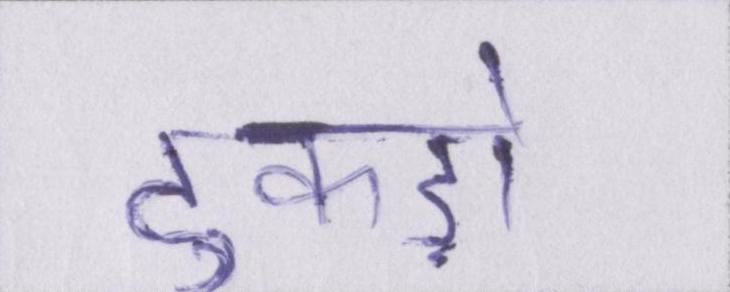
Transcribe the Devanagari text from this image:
टुकड़ों